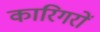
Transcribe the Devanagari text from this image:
कारिगरों